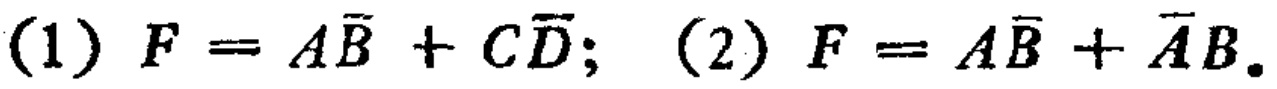
(1) \(F = A\overline{B}+C\overline{D}\); (2) \(F = A\overline{B}+\overline{A}B\).